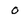
Character: 0